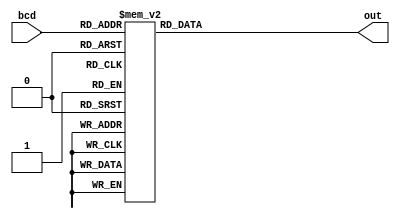
module bcd_to_decimal(bcd,out);

input [2:0] bcd;
output reg [7:0] out;

always @*
 begin
									case (bcd) 
                           3'b0: begin 
						out = 8'b00000001;
								
								end
                           3'b1: begin
						out = 8'b00000010;
								
								end
                           3'b10: begin 
						out = 8'b00000100;
								end
                           3'b11: begin 
						out = 8'b00001000;
								end
								   3'b100: begin
						out = 8'b00010000;			
								end
									3'b101: begin
						out = 8'b00100000;	
								end
									3'b110: begin
						out = 8'b01000000;		
								end
									3'b111: begin
						out = 8'b10000000;			
								end
									
                           default: begin 
						out = 8'b00000001;
								end
									endcase
 end
endmodule